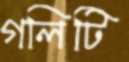
গলিটি